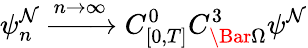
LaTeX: \psi_{n}^{\mathcal{N}}\xrightarrow{{n\rightarrow\infty}}{{C_{[0,T]}^{0}C_{\Bar{\Omega}}^{3}}}\psi^{\mathcal{N}}